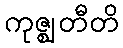
ကုဇ္ဈတီတိ